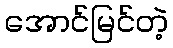
အောင်မြင်တဲ့